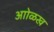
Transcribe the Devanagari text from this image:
आोळख